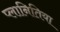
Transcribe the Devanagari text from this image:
प्लानितिया